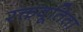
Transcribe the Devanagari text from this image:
रक्तवूतिता